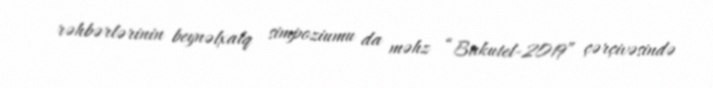
rəhbərlərinin beynəlxalq simpoziumu da məhz “Bakutel-2019” çərçivəsində